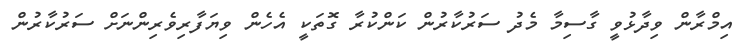
އިމްރާން ވިދާޅުވީ ގާސިމާ މެދު ސަރުކާރުން ކަންކުރާ ގޮތަކީ އެހެން ވިޔަފާރިވެރިންނަށް ސަރުކާރުން